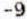
-9